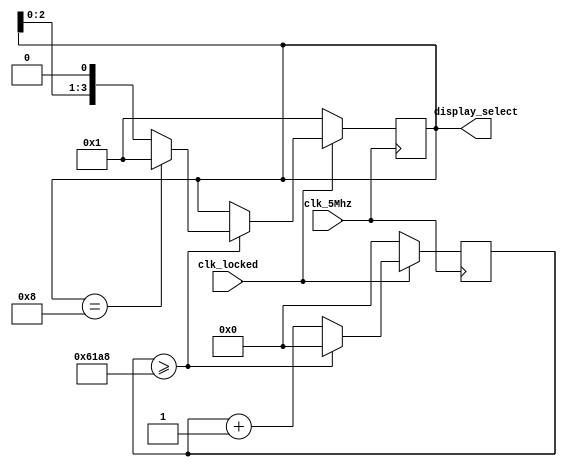
`timescale 1ns / 1ps
`default_nettype none

module display_ctrl(
input wire clk_5Mhz,clk_locked,
output reg [3:0] display_select);

//assign display_select = 4'b0001;
//Variable will count untill 25000, so that frequency is 200 Hz
reg [14:0] counter;

always@(posedge clk_5Mhz)
begin
if(clk_locked == 1'b0)
    begin
    counter <= 0; 
    display_select <= 4'b0001;
    end
//110000110101000 = 25,000
else if(counter >= 15'b110000110101000)
    begin
    display_select <= (display_select== 4'b1000)?4'b0001:(display_select<<1);
    counter <= 0;
    end
else
    begin
    counter <= counter + 1;
    end
end
endmodule